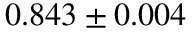
0 . 8 4 3 \pm 0 . 0 0 4